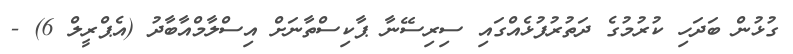
ގުޅުން ބަދަހި ކުރުމުގެ ދަތުރުފުޅެއްގައި ސިރިސޭނާ ޕާކިސްތާނަށް އިސްލާމްއާބާދު (އެޕްރީލް 6) -